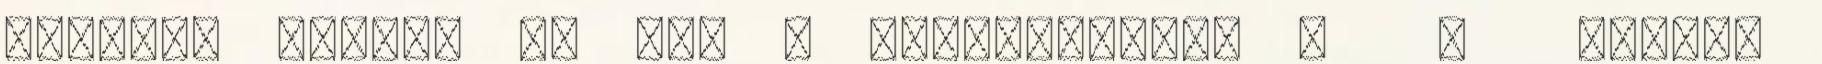
stílusú lányok és így a legvagányabb t . Minden